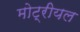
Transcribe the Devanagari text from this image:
मोट्रीयल